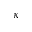
\kappa